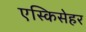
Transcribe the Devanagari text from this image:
एस्किसेहर